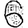
Digit: 6